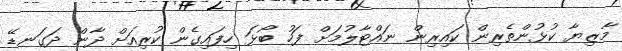
މާޒިޔާ ކުޅުންތެރިން ކައިރިން ނައްޓާލުމަށް ފަހު ބޯޅަ ހިފައިގެން ކުރިއަށް ދާން ދަގަނޑޭ